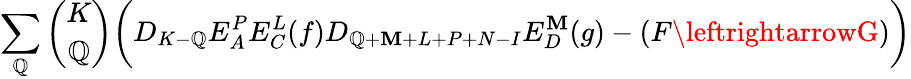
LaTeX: \sum_{\mathbb{Q}}{\binom{K}{\mathbb{Q}}}\biggl(D_{K-\mathbb{Q}}E_{A}^{P}E_{C}^{L}(f)D_{\mathbb{Q}+\mathbf{M}+L+P+N-I}E_{D}^{\mathbf{M}}(g)-(F\leftrightarrowG)\biggr)